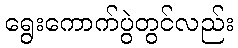
ရွေးကောက်ပွဲတွင်လည်း